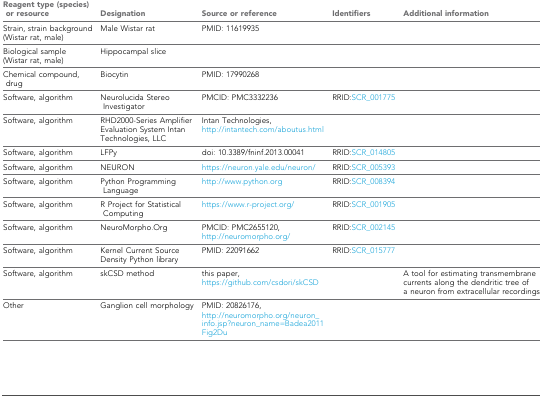
<table><thead><tr><td><b>Reagent type (species) or resource</b></td><td><b>Designation</b></td><td><b>Source or reference</b></td><td><b>Identifiers</b></td><td><b>Additional information</b></td></tr></thead><tbody><tr><td>Strain, strain background (Wistar rat, male)</td><td>Male Wistar rat</td><td>PMID: 11619935</td><td></td><td></td></tr><tr><td>Biological sample (Wistar rat, male)</td><td>Hippocampal slice</td><td></td><td></td><td></td></tr><tr><td>Chemical compound, drug</td><td>Biocytin</td><td>PMID: 17990268</td><td></td><td></td></tr><tr><td>Software, algorithm</td><td>Neurolucida Stereo Investigator</td><td>PMCID: PMC3332236</td><td>RRID:SCR_001775</td><td></td></tr><tr><td>Software, algorithm</td><td>RHD2000-Series Amplifier Evaluation System Intan Technologies, LLC</td><td>Intan Technologies,http://intantech.com/aboutus.html</td><td></td><td></td></tr><tr><td>Software, algorithm</td><td>LFPy</td><td>doi: 10.3389/fninf.2013.00041</td><td>RRID:SCR_014805</td><td></td></tr><tr><td>Software, algorithm</td><td>NEURON</td><td>https://neuron.yale.edu/neuron/</td><td>RRID:SCR_005393</td><td></td></tr><tr><td>Software, algorithm</td><td>Python Programming Language</td><td>http://www.python.org</td><td>RRID:SCR_008394</td><td></td></tr><tr><td>Software, algorithm</td><td>R Project for Statistical Computing</td><td>https://www.r-project.org/</td><td>RRID:SCR_001905</td><td></td></tr><tr><td>Software, algorithm</td><td>NeuroMorpho.Org</td><td>PMCID: PMC2655120, http://neuromorpho.org/</td><td>RRID:SCR_002145</td><td></td></tr><tr><td>Software, algorithm</td><td>Kernel Current Source Density Python library</td><td>PMID: 22091662</td><td>RRID:SCR_015777</td><td></td></tr><tr><td>Software, algorithm</td><td>skCSD method</td><td>this paper, https://github.com/csdori/skCSD</td><td></td><td>A tool for estimating transmembrane currents along the dendritic tree of a neuron from extracellular recordings</td></tr><tr><td>Other</td><td>Ganglion cell morphology</td><td>PMID: 20826176, http://neuromorpho.org/neuron_info.jsp?neuron_name=Badea2011Fig2Du</td><td></td><td></td></tr></tbody></table>